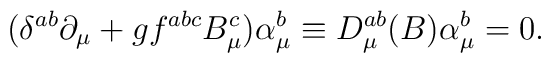
(\delta^{ab}\partial_\mu +gf^{abc}B^c_\mu)\alpha^b_\mu\equiv D_\mu^{ab}(B)\alpha_\mu^b=0.